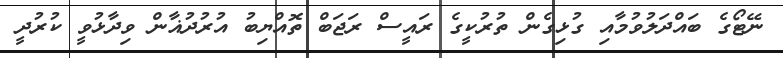
ނޭޓޯގެ ބައްދަލުވުމާއި ގުޅިގެން ތުރުކީގެ ރައީސް ރަޖަބް ތޮއްޔިބު އުރުދުޣާން ވިދާޅުވީ ކުރުދީ